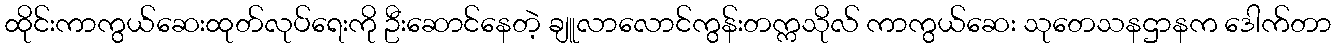
ထိုင်းကာကွယ်ဆေးထုတ်လုပ်ရေးကို ဦးဆောင်နေတဲ့ ချူလာလောင်ကွန်းတက္ကသိုလ် ကာကွယ်ဆေး သုတေသနဌာနက ဒေါက်တာ